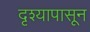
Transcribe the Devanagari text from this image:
दृश्यापासून